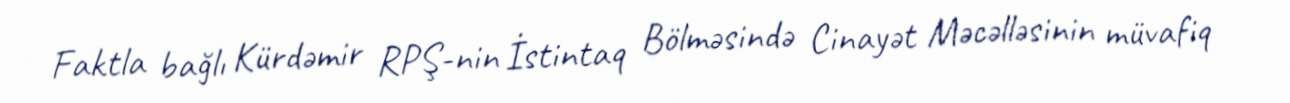
Faktla bağlı Kürdəmir RPŞ-nin İstintaq Bölməsində Cinayət Məcəlləsinin müvafiq